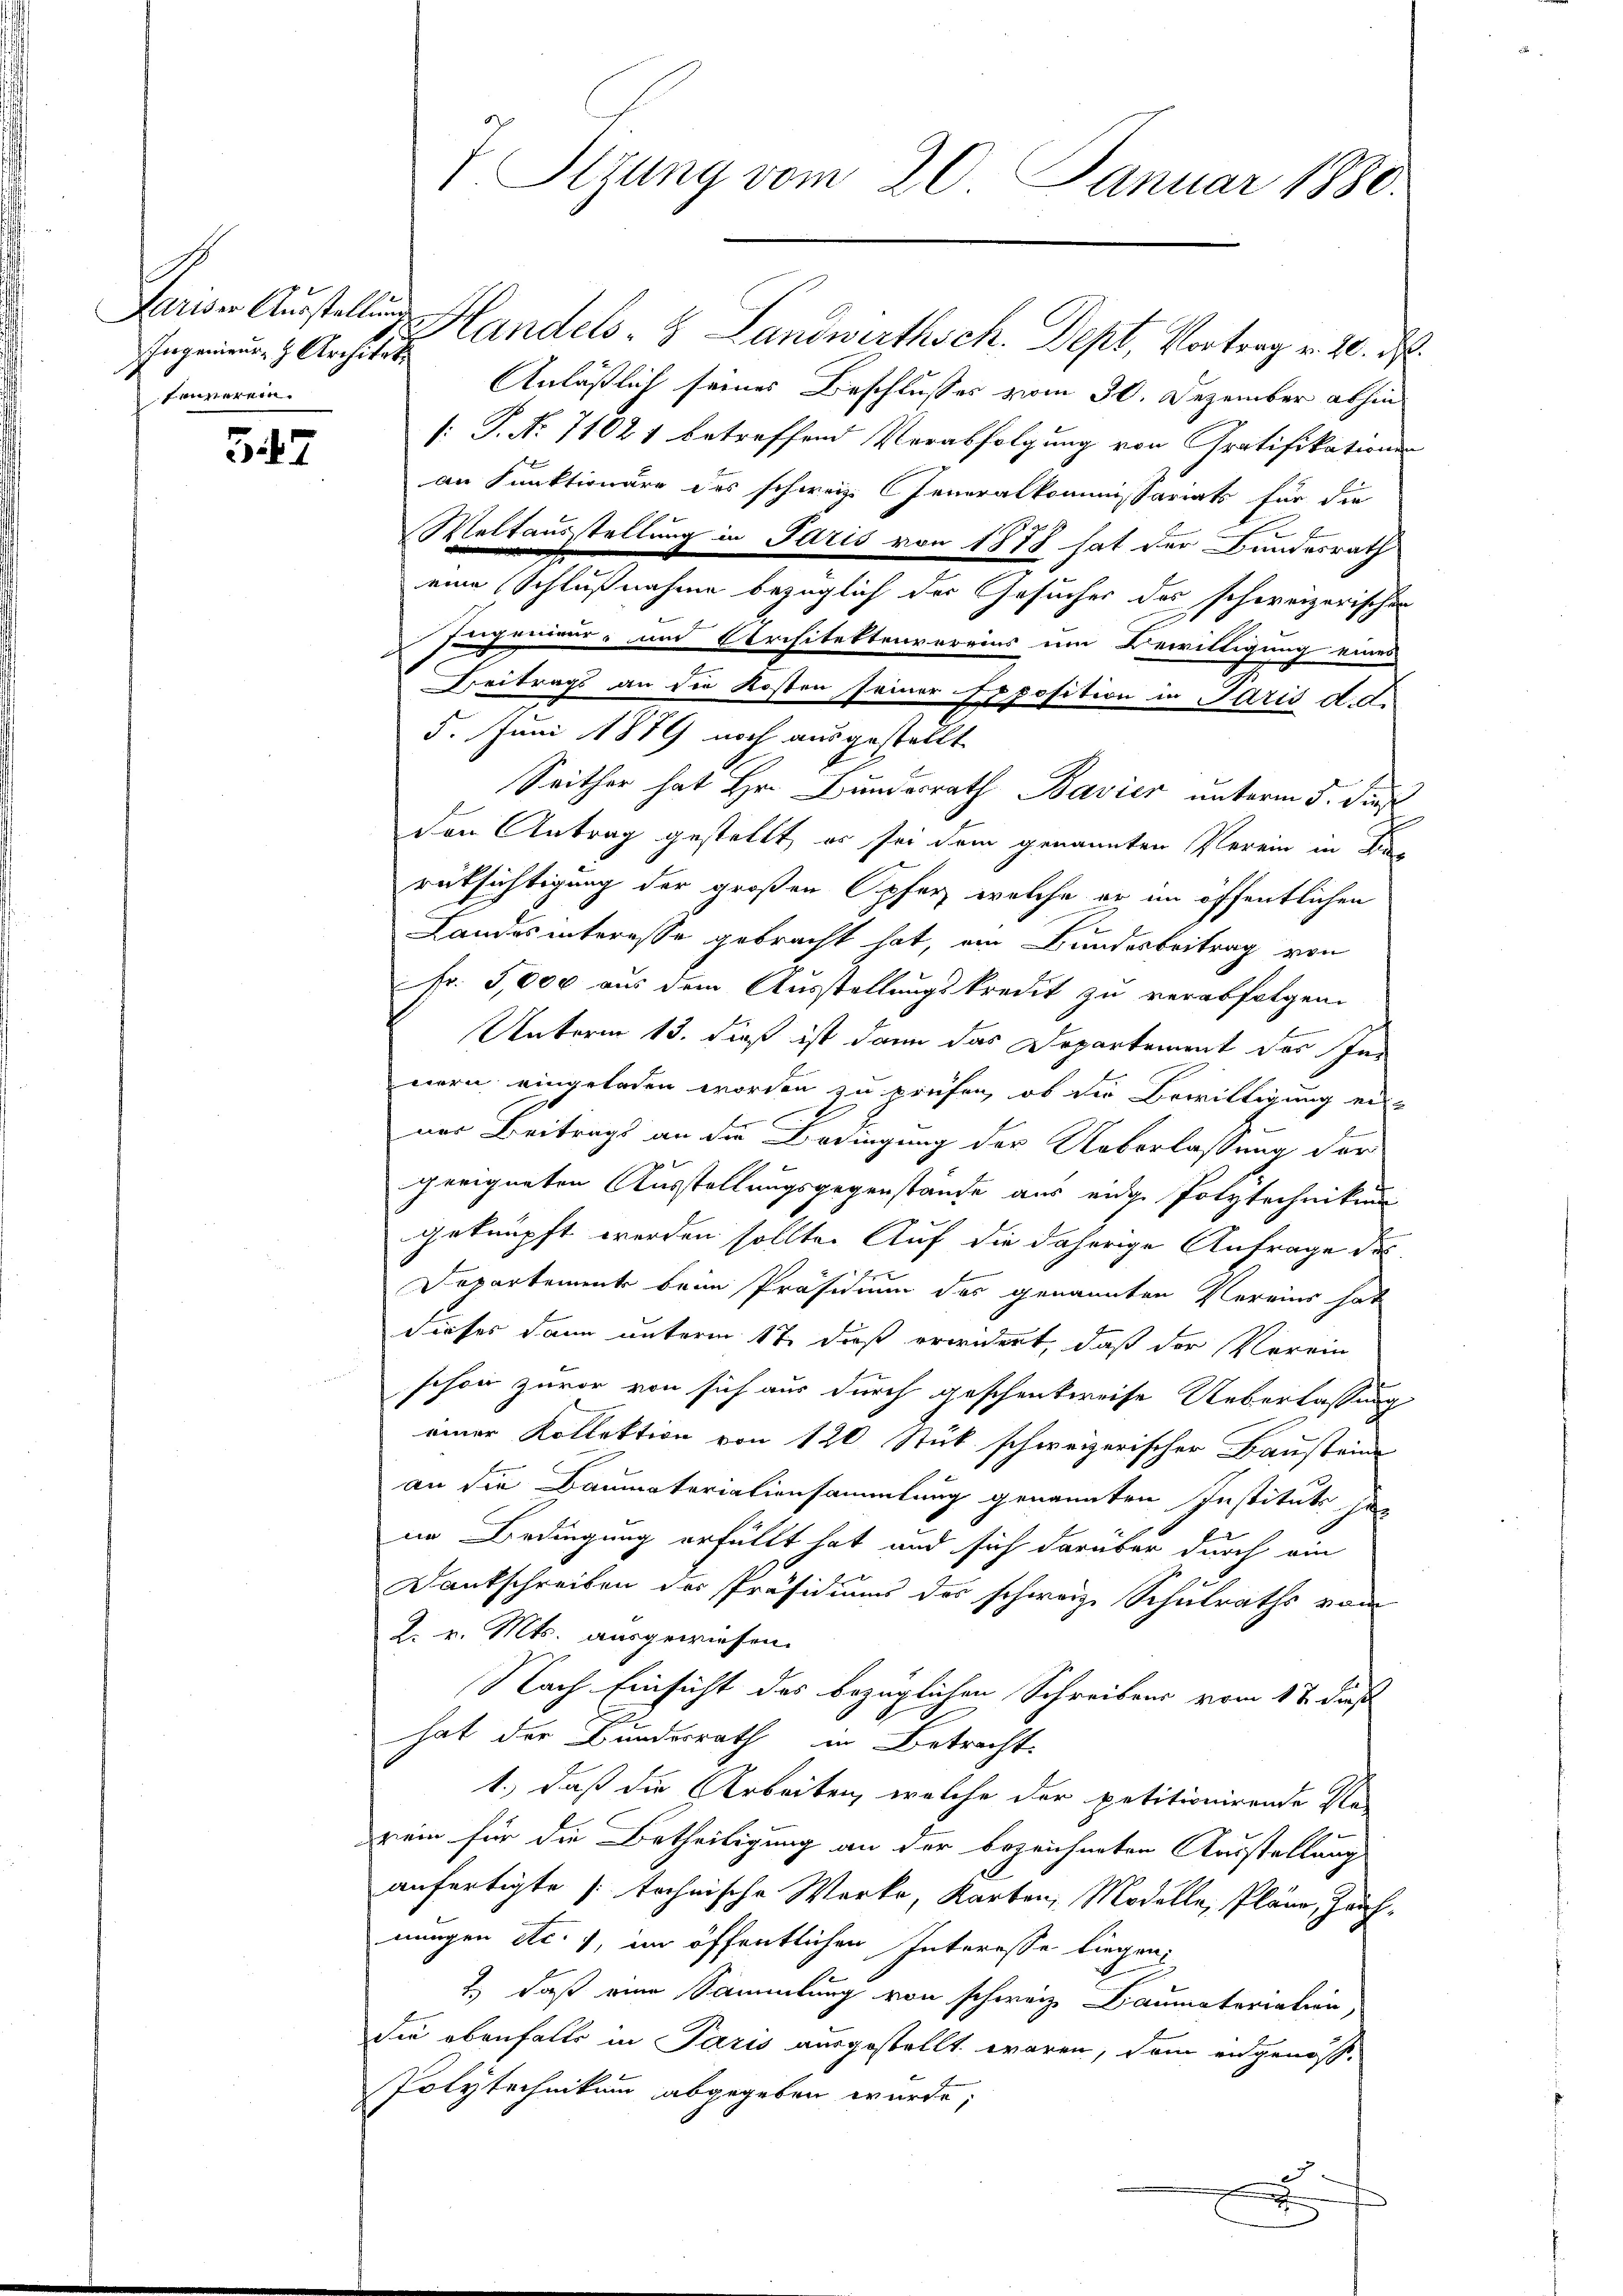
Ingenieur, H. Architet.
fenverein.

347

7 Sizung vom 20. Januar 1880.

Pariser Austellung Handels- & Landwirthsch. Dept, Vortrag v. 10. N
Anläßlich seines Beschlusses vom 30. Dezember abhin
[: P. Nr. 71021 betreffend Verabfolgung von Gratifikationen
an Funktionäre des schweiz. Generalkommissariats für die
Weltausstellung in Paris von 1878 hat der Bundesrath
eine Schlußnahme bezüglich der Gesucher des schweizerischen
Ingenieur- und Architektenvereins um Bewilligung eines
Beitrags an die Kosten seiner Exposition in Paris d. di
5. Juni 1879 noch ausgestellt
Seither hat Hr. Bundesrath Bavier unterm 5. dur
den Antrag gestellt, er sei dem genannten Verein in Frag
rücksichtigung der großen Opfer welche er im öffentlichen
I
Landes interesse gebracht hat, ein Bundesbeitrag von
Fr. 5,000 aus dem Ausstellungskredit zu verabfolgen.
Unterm 13. daß ist dann das Departement der In
nern eingeladen worden zu prüfen, ob die Bewilligung er-
nes Beitrags an die Bedingung der Ueberlassung der
geeigneten Ausstellungsgegenstände aus eine Polytechnikum
geknüpft werden sollte. Auf die daherige Anfrage des
Departement beim Präsidium des genannten Vereins hat
dieses dann unterm 17. daß erwidert, daß der Verein
schon zuvor von sich aus durch geschenkweise Ueberlassung
einer Kollektion von 120 Stück schweizerischer Baustein
an die Baumateriationsammlung genannten Instituts her
in Bedingung erfüllt hat und sich darüber durch ein
Dankschreiben des Präsidiums des schweiz. Schulraths vom
K. v. Mts. ausgewiesen.
Nach Einsicht des bezüglichen Schreibens vom 17. dieß
hat der Bundesrath in Betracht
1.) daß die Arbeiten, welche der petitionirende Re-
rein für die Betheiligung an der bezeichneten Ausstellung
anfertigte stechnische Werke, Karten, Modelle, Pläne, Zauf-
nungen etc.), im öffentlichen Interesse liegen
2) daß eine Sammlung von schweiz Baumaterialien,
Sie ebenfalls in Paris ausgestellt waren, dem eidgenoss-
Polytechnikum abgegeben wurde;
5
xx